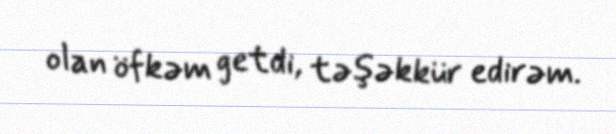
olan öfkəm getdi, təşəkkür edirəm.